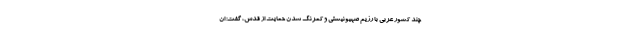
چند کشور عربی با رژیم صهیونیستی و کمرنگ شدن حمایت از قدس، گفت: ان